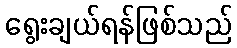
ရွေးချယ်ရန်ဖြစ်သည်